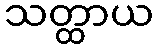
သတ္ထာယ